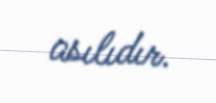
asılıdır.